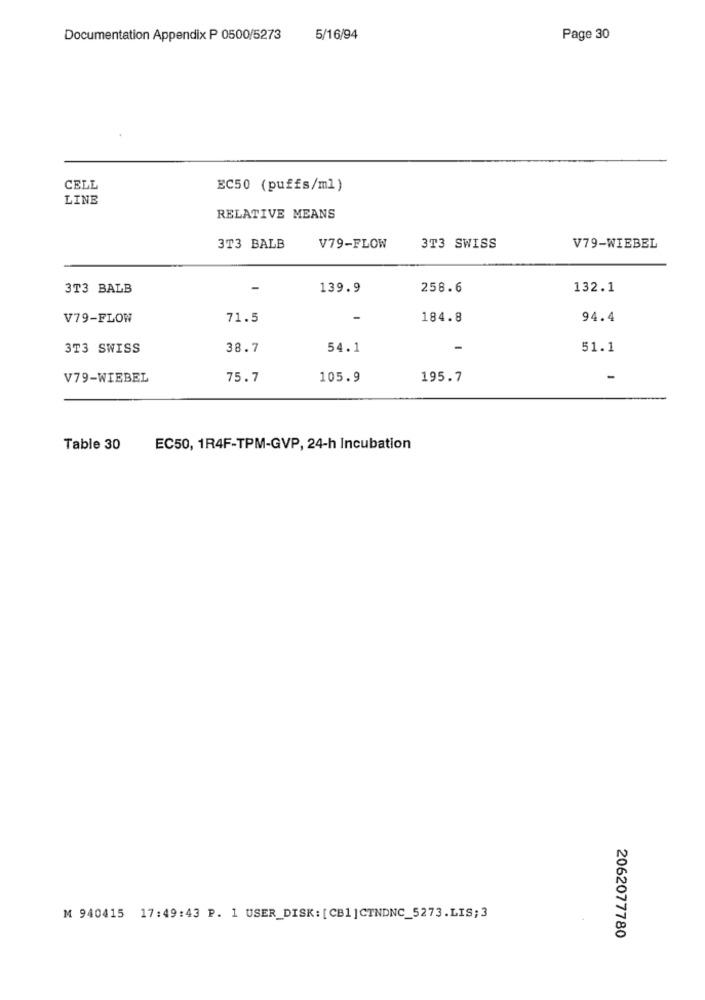
Documentation Appendix P 0500/5273
5/16/94
Page 30
CELL
EC50 (puffs/ml)
LINE
RELATIVE MEANS
3T3 BALB
V79-FLOW
3T3 SWISS
V79-WIEBEL
3T3 BALB
139.9
258.6
132.1
V79-FLOW
71.5
-
184.8
94.4
3T3 SWISS
38.7
54.1
-
51.1
V79-WIEBEL
75.7
105.9
195.7
Table 30
EC50, 1R4F-TPM-GVP, 24-h Incubation
M 940415 17:49:43 P. 1 USER_DISK: [CB1]CTNDNC_5273.LIS;3
2062077780